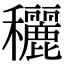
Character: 穲